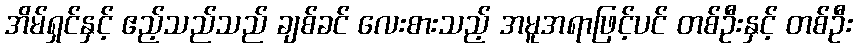
အိမ်ရှင်နှင့် ဧည့်သည်သည် ချစ်ခင် လေးစားသည့် အမူအရာဖြင့်ပင် တစ်ဦးနှင့် တစ်ဦး